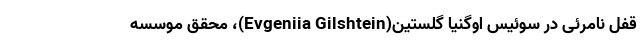
قفل نامرئی در سوئیس اوگنیا گلستین(Evgeniia Gilshtein)، محقق موسسه‌